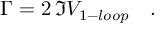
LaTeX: \Gamma = 2 \, \Im V _ { 1 - l o o p } \quad .